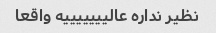
نظیر نداره عالیییییییه واقعا